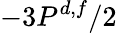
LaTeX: -3P^{d,f}/2